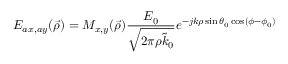
E _ { a x , a y } ( \vec { \rho } ) = M _ { x , y } ( \vec { \rho } ) \frac { E _ { 0 } } { \sqrt { 2 \pi \rho \tilde { k } _ { 0 } } } e ^ { - j k \rho \sin \theta _ { 0 } \cos ( \phi - \phi _ { 0 } ) }